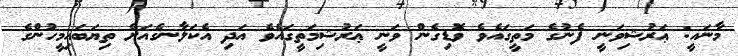
މާނައީ: ޢަރުޝިވަނީ ފެނުގެ މަތީގައެވެ ވޮޑިގެން ވަނީ ޢަރުޝިމަތީގައެވެ އަދި އެކަލާނގެއަށް ތިޔަބައިމީހުންގެ